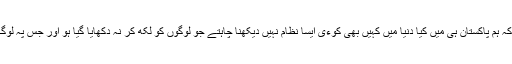
بلکہ سچ بات تو یہ ہے کہ ہم پاکستان ہی میں کیا دنیا میں کہیں بھی کوءی ایسا نظام نہیں دیکھنا چاہتے جو لوگوں کو لکھ کر نہ دکھایا گیا ہو اور جس پہ لوگ متفق نہ ہوگءے ہوں۔